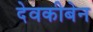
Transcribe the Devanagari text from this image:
देवकीबेन